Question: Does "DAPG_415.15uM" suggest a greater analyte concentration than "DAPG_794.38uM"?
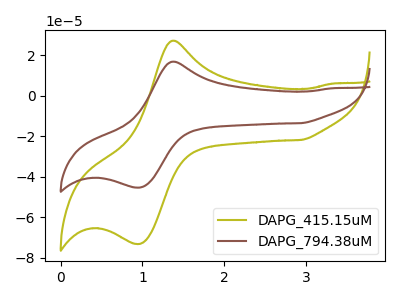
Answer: <think>The olive curve "DAPG_415.15uM" has an anodic peak at (1.40V, 27.25uA) and a cathodic peak at (0.95V, -73.20uA). The brown curve "DAPG_794.38uM" has an anodic peak at (1.40V, 16.85uA) and a cathodic peak at (0.95V, -45.35uA).
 All the peaks in "DAPG_415.15uM" have a peak in "DAPG_794.38uM" at the same potential. Every peak in "DAPG_415.15uM" is higher than every peak in "DAPG_794.38uM".</think>
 <answer>"DAPG_415.15uM" has more signal than "DAPG_794.38uM".</answer>
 <eval>more_signal</eval>